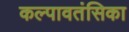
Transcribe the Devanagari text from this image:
कल्पावतंसिका